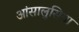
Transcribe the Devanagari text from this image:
आंसालुसिया